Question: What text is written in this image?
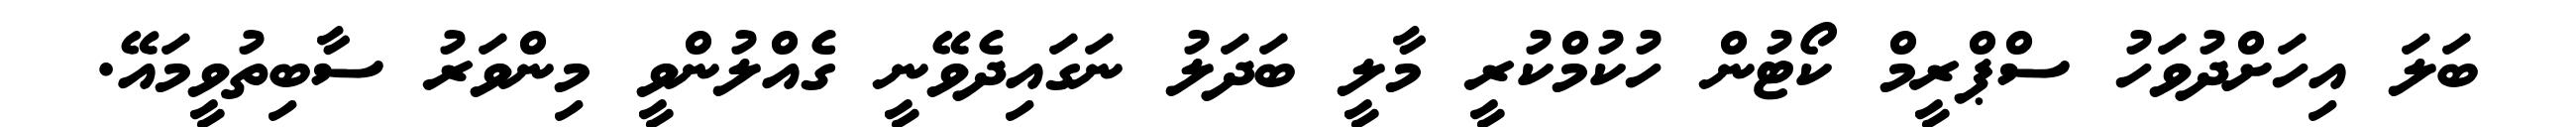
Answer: ބަލަ އިހަށްދުވަހު ސްޕްރީމް ކޯޓުން ހުކުމްކުރީ މާލީ ބަދަލު ނަގައިދެވޭނީ ގެއްލުންވީ މިންވަރު ސާބިތުވީމައޭ.